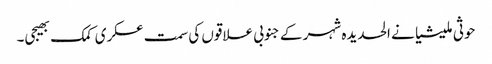
حوثی ملیشیا نے الحدیدہ شہر کے جنوبی علاقوں کی سمت عسکری کمک بھیجی۔